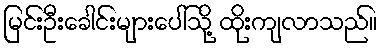
မြင်းဦးခေါင်းများပေါ်သို့ ထိုးကျလာသည်။